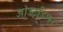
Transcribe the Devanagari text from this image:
आउटडिप्पर